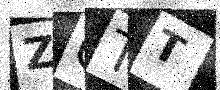
Text: ZOTT